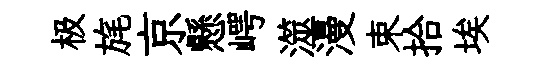
极旄京懸崿澨漫束拾埃